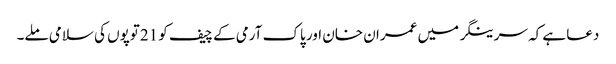
دعا ہے کہ سرینگر میں عمران خان اور پاک آرمی کے چیف کو 21توپوں کی سلامی ملے۔